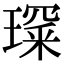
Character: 𤨺